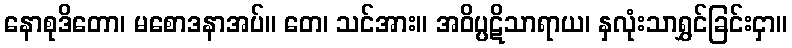
နောစုဒိတော၊ မစောဒနာအပ်။ တေ၊ သင်အား။ အဝိပ္ပဋိသာရာယ၊ နှလုံးသာရွှင်ခြင်းငှာ။